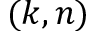
( k , n )